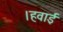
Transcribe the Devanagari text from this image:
।हवाई